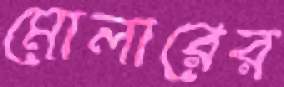
মোলারের